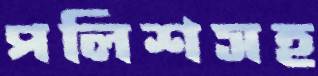
পলিশসহ